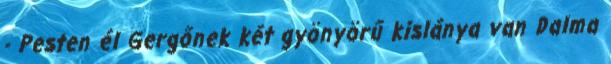
- Pesten él Gergőnek két gyönyörű kislánya van Dalma